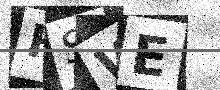
Text: HSWE